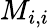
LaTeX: M_{i,i}